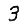
Digit: 3